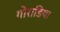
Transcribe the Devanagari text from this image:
गोराडिया